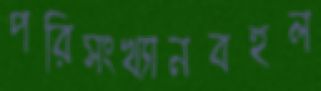
পরিসংখ্যানবহুল